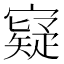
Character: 寲